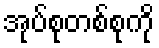
အုပ်စုတစ်စုကို